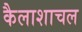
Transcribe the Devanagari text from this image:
कैलाशाचल